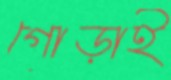
গোড়াই